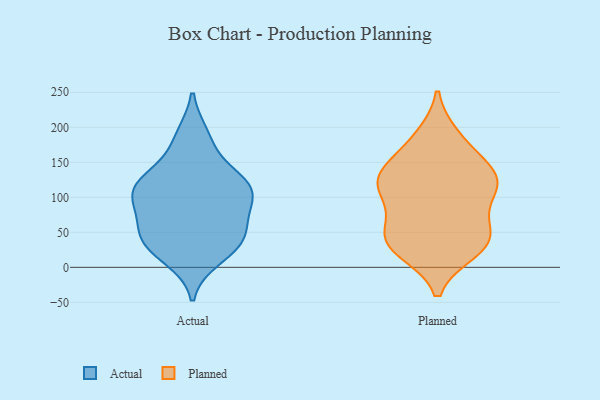
{"axis": {"x": "Budget (USD K)", "y": "Value"}, "legend": ["Actual", "Planned"], "data": [{"x": "", "y": 28, "type": "Actual"}, {"x": "", "y": 48, "type": "Actual"}, {"x": "", "y": 105, "type": "Actual"}, {"x": "", "y": 14, "type": "Actual"}, {"x": "", "y": 179, "type": "Actual"}, {"x": "", "y": 44, "type": "Actual"}, {"x": "", "y": 116, "type": "Actual"}, {"x": "", "y": 77, "type": "Actual"}, {"x": "", "y": 96, "type": "Actual"}, {"x": "", "y": 118, "type": "Actual"}, {"x": "", "y": 116, "type": "Actual"}, {"x": "", "y": 128, "type": "Actual"}, {"x": "", "y": 75, "type": "Actual"}, {"x": "", "y": 34, "type": "Actual"}, {"x": "", "y": 40, "type": "Actual"}, {"x": "", "y": 119, "type": "Actual"}, {"x": "", "y": 187, "type": "Actual"}, {"x": "", "y": 124, "type": "Planned"}, {"x": "", "y": 42, "type": "Planned"}, {"x": "", "y": 141, "type": "Planned"}, {"x": "", "y": 80, "type": "Planned"}, {"x": "", "y": 186, "type": "Planned"}, {"x": "", "y": 110, "type": "Planned"}, {"x": "", "y": 24, "type": "Planned"}, {"x": "", "y": 133, "type": "Planned"}, {"x": "", "y": 39, "type": "Planned"}, {"x": "", "y": 178, "type": "Planned"}, {"x": "", "y": 40, "type": "Planned"}, {"x": "", "y": 106, "type": "Planned"}, {"x": "", "y": 133, "type": "Planned"}, {"x": "", "y": 119, "type": "Planned"}, {"x": "", "y": 27, "type": "Planned"}, {"x": "", "y": 50, "type": "Planned"}]}